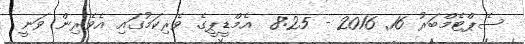
ސެޕްޓެމްބަރު 16